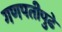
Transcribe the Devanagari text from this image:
गणपतीपुढे